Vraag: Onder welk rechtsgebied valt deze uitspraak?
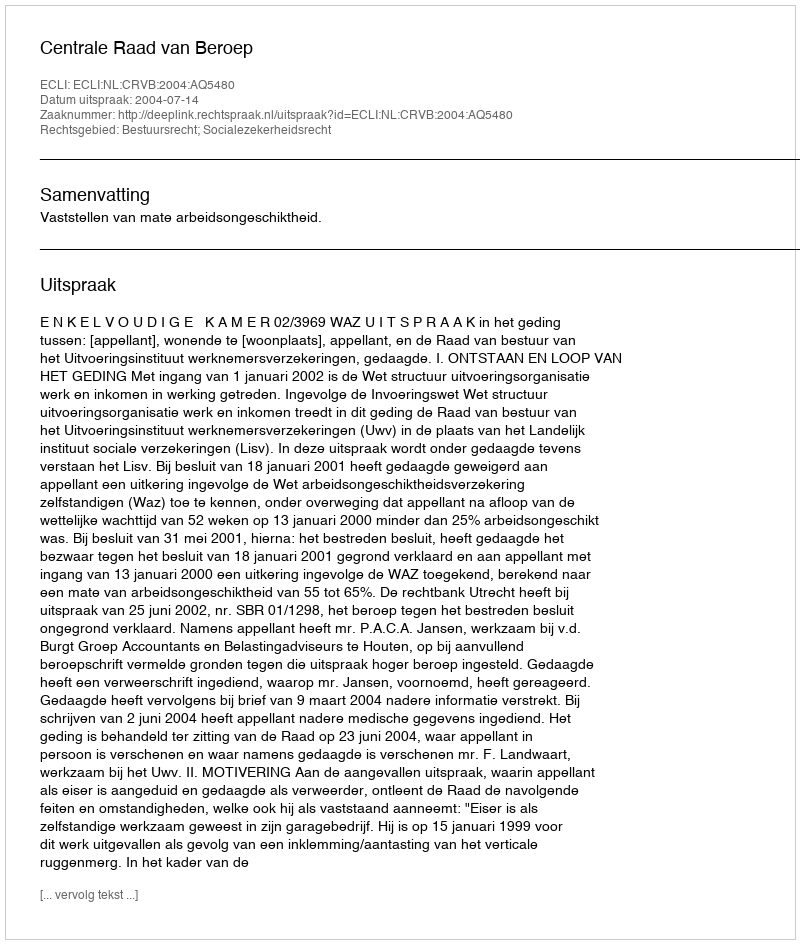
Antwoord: Bestuursrecht; Socialezekerheidsrecht